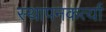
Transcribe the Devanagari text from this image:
स्थापनकर्त्या